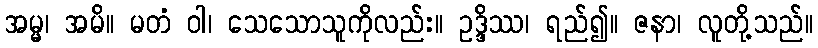
အမ္မ၊ အမိ။ မတံ ဝါ၊ သေသောသူကိုလည်း။ ဥဒ္ဒိဿ၊ ရည်၍။ ဇနာ၊ လူတို့သည်။